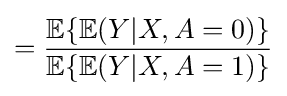
={\frac {\mathbb {E} \{\mathbb {E} (Y|X,A=0)\}}{\mathbb {E} \{\mathbb {E} (Y|X,A=1)\}}}